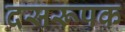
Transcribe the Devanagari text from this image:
दसरूपक